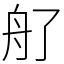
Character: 䑠